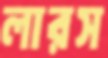
লারস